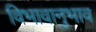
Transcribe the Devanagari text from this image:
विभावानुभाव